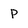
Character: p